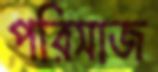
পরিসাজ